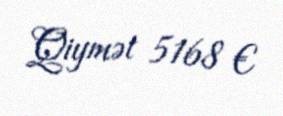
Qiymət 5168 €